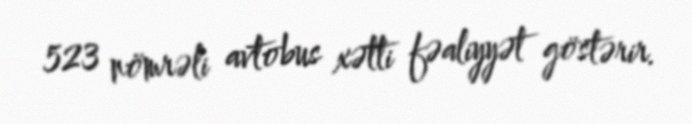
523 nömrəli avtobus xətti fəaliyyət göstərir.